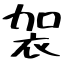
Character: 袈